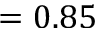
= 0 . 8 5